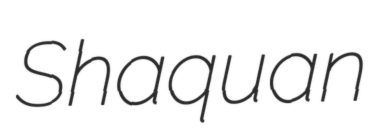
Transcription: Shaquan